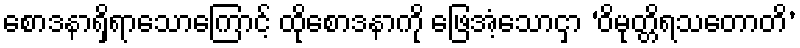
စောဒနာရှိရာသောကြောင့် ထိုစောဒနာကို ဖြေအံ့သောငှာ ‘ဝိမုတ္တိရသတောတိ’